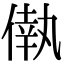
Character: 𠌷